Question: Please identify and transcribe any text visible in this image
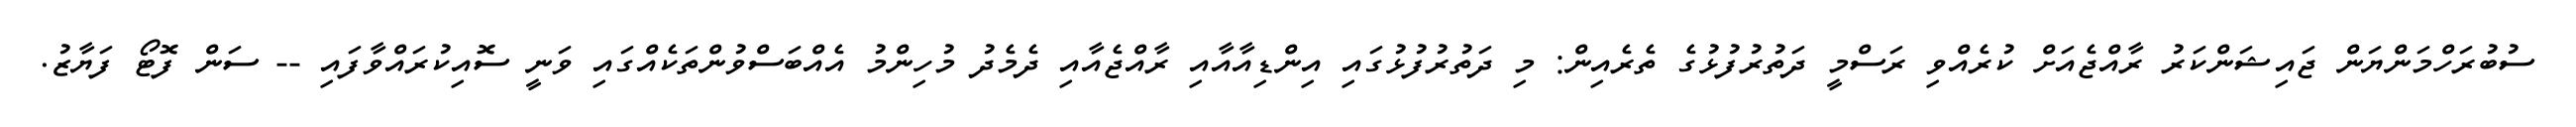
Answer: ސުބުރަހްމަންޔަން ޖައިޝަންކަރު ރާއްޖެއަށް ކުރެއްވި ރަސްމީ ދަތުރުފުޅުގެ ތެރެއިން: މި ދަތުރުފުޅުގައި އިންޑިއާއާއި ރާއްޖެއާއި ދެމެދު މުހިންމު އެއްބަސްވުންތަކެއްގައި ވަނީ ސޮއިކުރައްވާފައި -- ސަން ފޮޓޯ ފަޔާޒު.